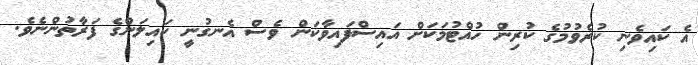
އެ ކައިވެނި ކުރެވުމުގެ ކުރިން ހުއްޓުމަކަށް އައިސްފައިވާކަން ވެސް އެނގުނީ ކައިލަންގެ ފަރާތުންނެވެ.